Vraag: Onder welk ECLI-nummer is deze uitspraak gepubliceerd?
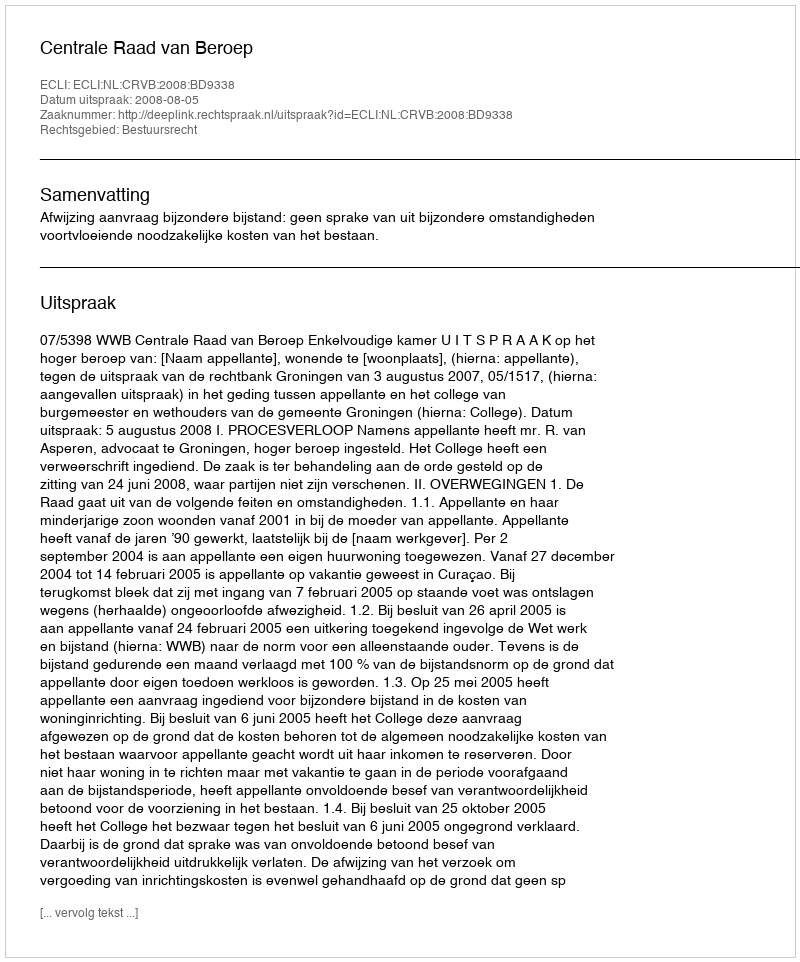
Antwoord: ECLI:NL:CRVB:2008:BD9338